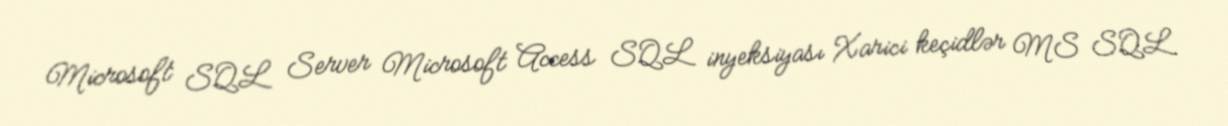
Microsoft SQL Server Microsoft Access SQL inyeksiyası Xarici keçidlər MS SQL